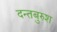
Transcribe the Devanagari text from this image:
दन्तबुरुश